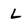
Character: L